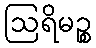
ဩရိမဉ္စ